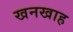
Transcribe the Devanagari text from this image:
खनखाह